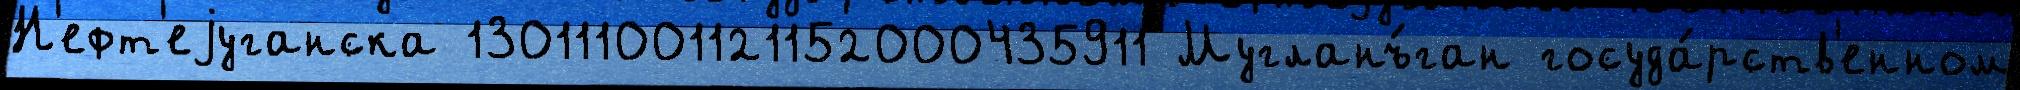
Н'ефт'еjуганска 130111001121152000435911 Мугланъ́ган госуда́рств'енном